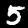
Digit: 5